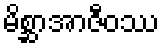
မိစ္ဆာအာဇီဝဿ